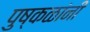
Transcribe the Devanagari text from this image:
पुष्कळांनी